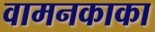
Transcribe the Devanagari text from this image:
वामनकाका